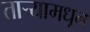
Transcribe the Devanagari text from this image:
ताऱ्यामधून